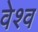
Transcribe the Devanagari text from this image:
वेश्व